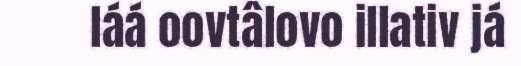
láá oovtâlovo illativ já